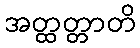
အတ္ထတ္တာတိ